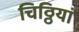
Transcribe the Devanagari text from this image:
चिठ्ठियां